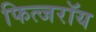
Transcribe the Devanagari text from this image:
फित्जरॉय